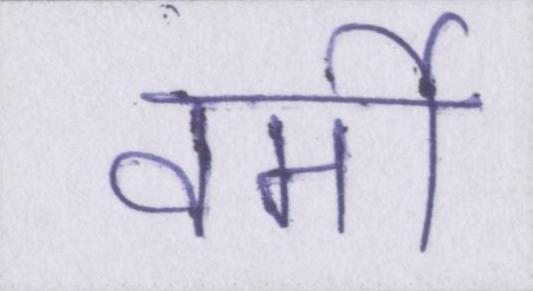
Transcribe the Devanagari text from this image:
वर्मी